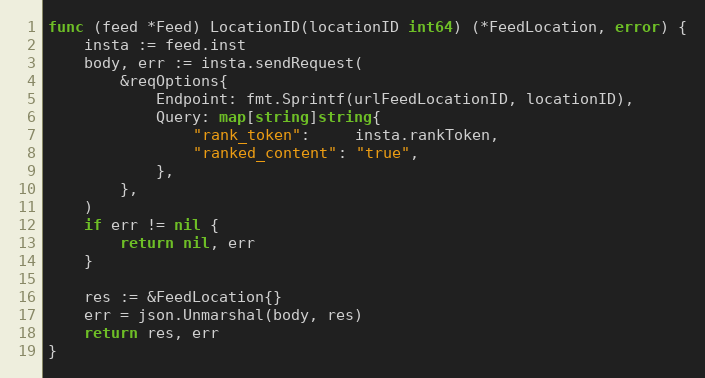
Language: Go
func (feed *Feed) LocationID(locationID int64) (*FeedLocation, error) {
	insta := feed.inst
	body, err := insta.sendRequest(
		&reqOptions{
			Endpoint: fmt.Sprintf(urlFeedLocationID, locationID),
			Query: map[string]string{
				"rank_token":     insta.rankToken,
				"ranked_content": "true",
			},
		},
	)
	if err != nil {
		return nil, err
	}

	res := &FeedLocation{}
	err = json.Unmarshal(body, res)
	return res, err
}